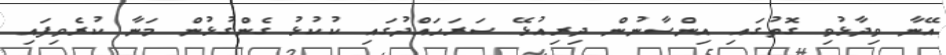
އޭނާ ވިދާޅުވި ގޮތުގައި އިންސާނުން ދިރިއުޅޭ ސަރަހައްދުގައި ކުކުޅު ގެންގުޅުން މަނާ ކުރެވިފައި